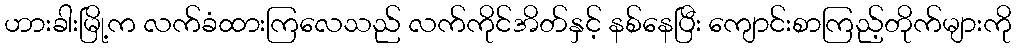
ဟားခါးမြို့က လက်ခံထားကြလေသည် လက်ကိုင်အိတ်နှင့် နစ်နေပြီး ကျောင်းစာကြည့်တိုက်များကို